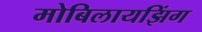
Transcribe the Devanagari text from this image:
मोबिलायझिंग